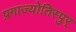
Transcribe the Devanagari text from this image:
प्रगाज्योतिस्पुर्